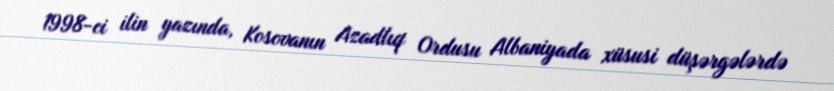
1998-ci ilin yazında, Kosovanın Azadlıq Ordusu Albaniyada xüsusi düşərgələrdə